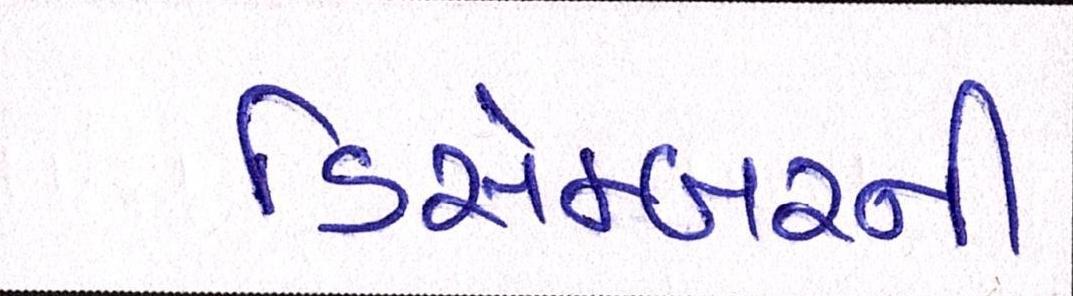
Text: ડિસેમ્બરની